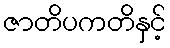
ဇာတိပကတိနှင့်